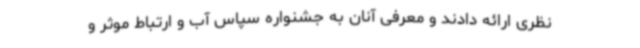
نظری ارائه دادند و معرفی آنان به جشنواره سپاس آب و ارتباط موثر و